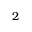
2